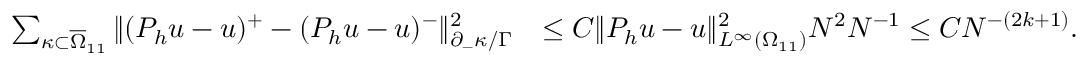
\begin{array} { r l } { \sum _ { \kappa \subset \overline { { \Omega } } _ { 1 1 } } \Vert ( P _ { h } u - u ) ^ { + } - ( P _ { h } u - u ) ^ { - } \Vert _ { \partial _ { - } \kappa / \Gamma } ^ { 2 } } & { \le C \Vert P _ { h } u - u \Vert _ { L ^ { \infty } ( \Omega _ { 1 1 } ) } ^ { 2 } N ^ { 2 } N ^ { - 1 } \le C N ^ { - ( 2 k + 1 ) } . } \end{array}